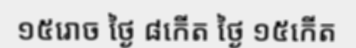
១៥រោច ថ្ងៃ ៨កើត ថ្ងៃ ១៥កើត